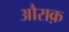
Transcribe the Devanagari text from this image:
औराक़